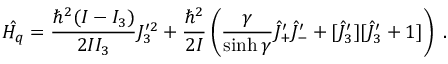
\hat { H _ { q } } = \frac { \hbar ^ { 2 } ( I - I _ { 3 } ) } { 2 I I _ { 3 } } J _ { 3 } ^ { \prime 2 } + \frac { \hbar ^ { 2 } } { 2 I } \left( \frac { \gamma } { \sinh \gamma } \hat { J } _ { + } ^ { \prime } \hat { J } _ { - } ^ { \prime } + [ \hat { J } _ { 3 } ^ { \prime } ] [ \hat { J } _ { 3 } ^ { \prime } + 1 ] \right) ~ .